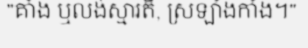
"គាំង ឬលង់ស្មារតី, ស្រឡាំងកាំង។"